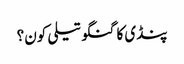
پنڈی کا گنگو تیلی کون؟